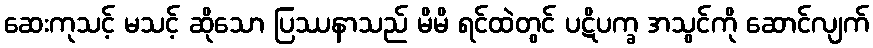
ဆေးကုသင့် မသင့် ဆိုသော ပြဿနာသည် မိမိ ရင်ထဲတွင် ပဋိပက္ခ အသွင်ကို ဆောင်လျက်